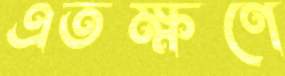
এতক্ষণে